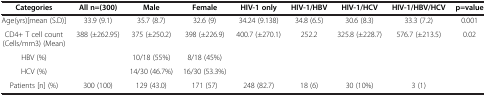
<table><thead><tr><td><b>Categories</b></td><td><b>All n=(300)</b></td><td><b>Male</b></td><td><b>Female</b></td><td><b>HIV-1 only</b></td><td><b>HIV-1/HBV</b></td><td><b>HIV-1/HCV</b></td><td><b>HIV-1/HBV/HCV</b></td><td><b>p=value</b></td></tr></thead><tbody><tr><td>Age(yrs)[mean (S.D)]</td><td>33.9 (9.1)</td><td>35.7 (8.7)</td><td>32.6 (9)</td><td>34.24 (9.138)</td><td>34.8 (6.5)</td><td>30.6 (8.3)</td><td>33.3 (7.2)</td><td>0.001</td></tr><tr><td>CD4+ T cell count (Cells/mm3) (Mean)</td><td>388 (±262.95)</td><td>375 (±250.2)</td><td>398 (±226.9)</td><td>400.7 (±270.1)</td><td>252.2</td><td>325.8 (±228.7)</td><td>576.7 (±213.5)</td><td>0.02</td></tr><tr><td>HBV (%)</td><td> </td><td>10/18 (55%)</td><td>8/18 (45%)</td><td> </td><td> </td><td> </td><td> </td><td> </td></tr><tr><td>HCV (%)</td><td> </td><td>14/30 (46.7%)</td><td>16/30 (53.3%)</td><td> </td><td> </td><td> </td><td> </td><td> </td></tr><tr><td>Patients [n] (%)</td><td>300 (100)</td><td>129 (43.0)</td><td>171 (57)</td><td>248 (82.7)</td><td>18 (6)</td><td>30 (10%)</td><td>3 (1)</td><td> </td></tr></tbody></table>